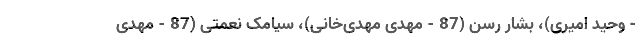
- وحید امیری)، بشار رسن (87 - مهدی مهدی‌خانی)، سیامک نعمتی (87 - مهدی